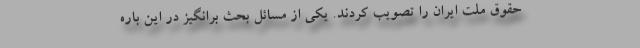
حقوق ملت ایران را تصویب کردند. یکی از مسائل بحث برانگیز در این باره